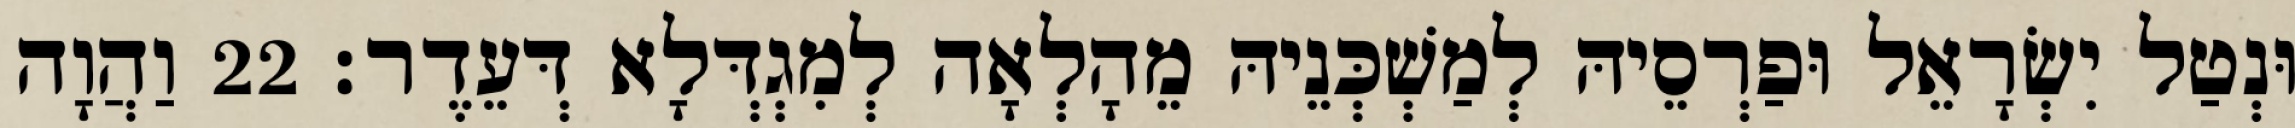
וּנְטַל יִשְׂרָאֵל וּפַרְסֵיהּ לְמַשְׁכְּנֵיהּ מֵהָלְאָה לְמִגְדְּלָא דְּעֵדֶר׃ 22 וַהֲוָה